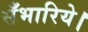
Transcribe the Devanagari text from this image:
सँभारिये।